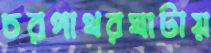
চরপাথরঘাটায়